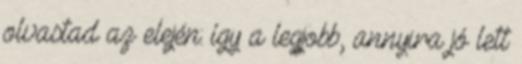
olvastad az elején: így a legjobb, annyira jó lett